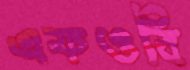
এফওবি